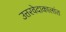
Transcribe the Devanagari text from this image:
उत्तरवेदाकालांत